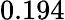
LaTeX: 0.194